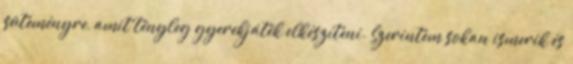
süteményre, amit tényleg gyerekjáték elkészíteni. Szerintem sokan ismerik és